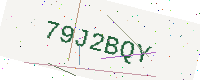
Text: 79J2BQY